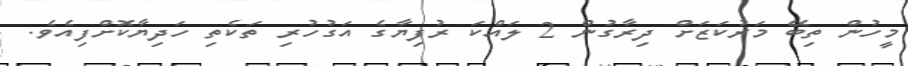
މީހުން ތިބޭ މަރުކަޒަށް ދިރާގުން 2 ލައްކަ ރުފިޔާގެ އަގުހުރި ތަކެތި ހަދިޔާކޮށްފިއެވެ.